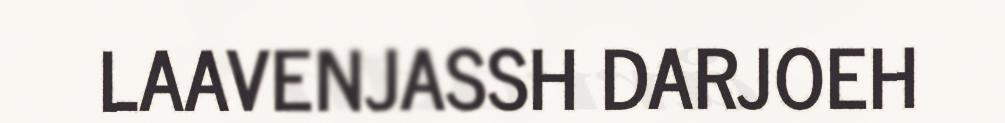
LAAVENJASSH DARJOEH